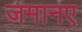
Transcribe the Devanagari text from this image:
ज़मानए